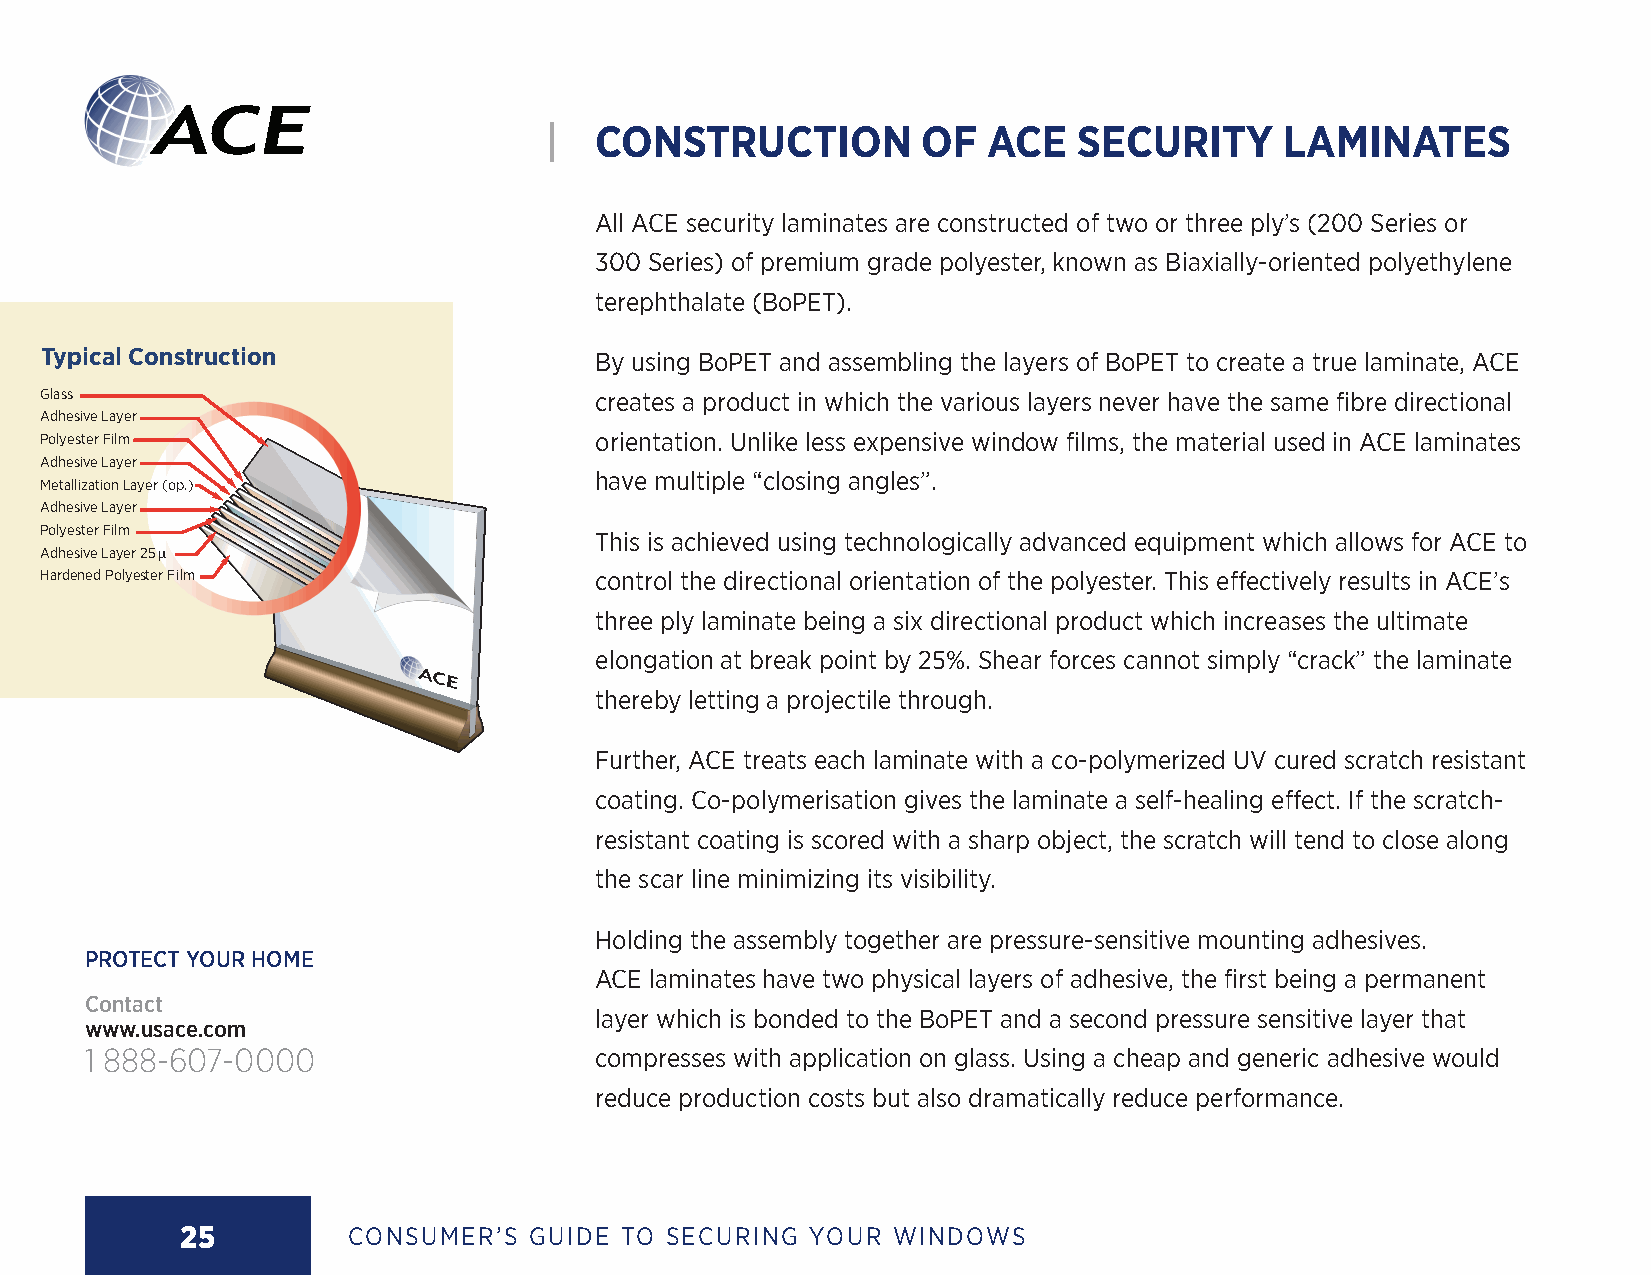
|  CONSTRUCTION          OF  ACE   SECURITY      LAMINATES
 All ACE security laminates are constructed of two or three ply’s (200 Series or
 300 Series) of premium grade polyester, known as Biaxially-oriented polyethylene
 terephthalate (BoPET).
 Typical Construction                By using BoPET and assembling the layers of BoPET to create a true laminate, ACE
 Glass                               creates a product in which the various layers never have the same fibre directional
 Adhesive Layer
 Polyester Film                      orientation. Unlike less expensive window films, the material used in ACE laminates
 Adhesive Layer
 have multiple “closing angles”.
 Metallization Layer (op.)
 Adhesive Layer
 Polyester Film
 This is achieved using technologically advanced equipment which allows for ACE to
 Adhesive Layer 25μ
 Hardened Polyester Film             control the directional orientation of the polyester. This effectively results in ACE’s
 three ply laminate being a six directional product which increases the ultimate
 elongation at break point by 25%. Shear forces cannot simply “crack” the laminate
 thereby letting a projectile through.
 Further, ACE treats each laminate with a co-polymerized UV cured scratch resistant
 coating. Co-polymerisation gives the laminate a self-healing effect. If the scratch-
 resistant coating is scored with a sharp object, the scratch will tend to close along
 the scar line minimizing its visibility.
 Holding the assembly together are pressure-sensitive mounting adhesives.
 PROTECT YOUR HOME
 ACE laminates have two physical layers of adhesive, the first being a permanent
 Contact
 layer which is bonded to the BoPET and a second pressure sensitive layer that
 www.usace.com
 1 888-607-0000                   compresses with application on glass. Using a cheap and generic adhesive would
 reduce production costs but also dramatically reduce performance.
 25         CONSUMER’S  GUIDE TO SECURING YOUR  WINDOWS